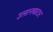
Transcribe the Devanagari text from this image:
उलानबाटार